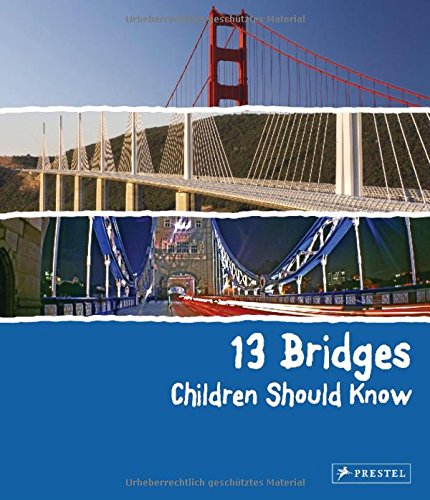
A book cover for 13 Bridges Children Should Know; Brad Finger; Children's Books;